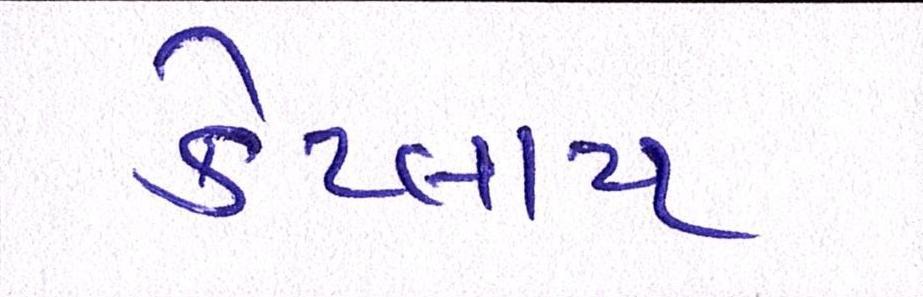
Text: કેટલાય